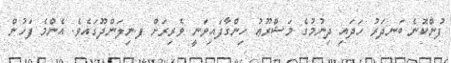
ފުންކޮނެ ބަނދަރު ހަދައި ދިނުމުގެ މަޝްރޫޢު ހިންގާފައިވަނީ ވެރިރަށް ފ.ނިލަންދޫގައެވެ. އެންމެ ފަހުން